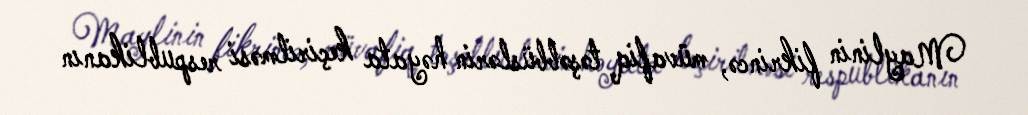
Maylinin fikrincə, müvafiq təşəbbüslərin həyata keçirilməsi respublikanın